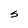
Character: S